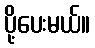
ပို့ပေးမယ်။